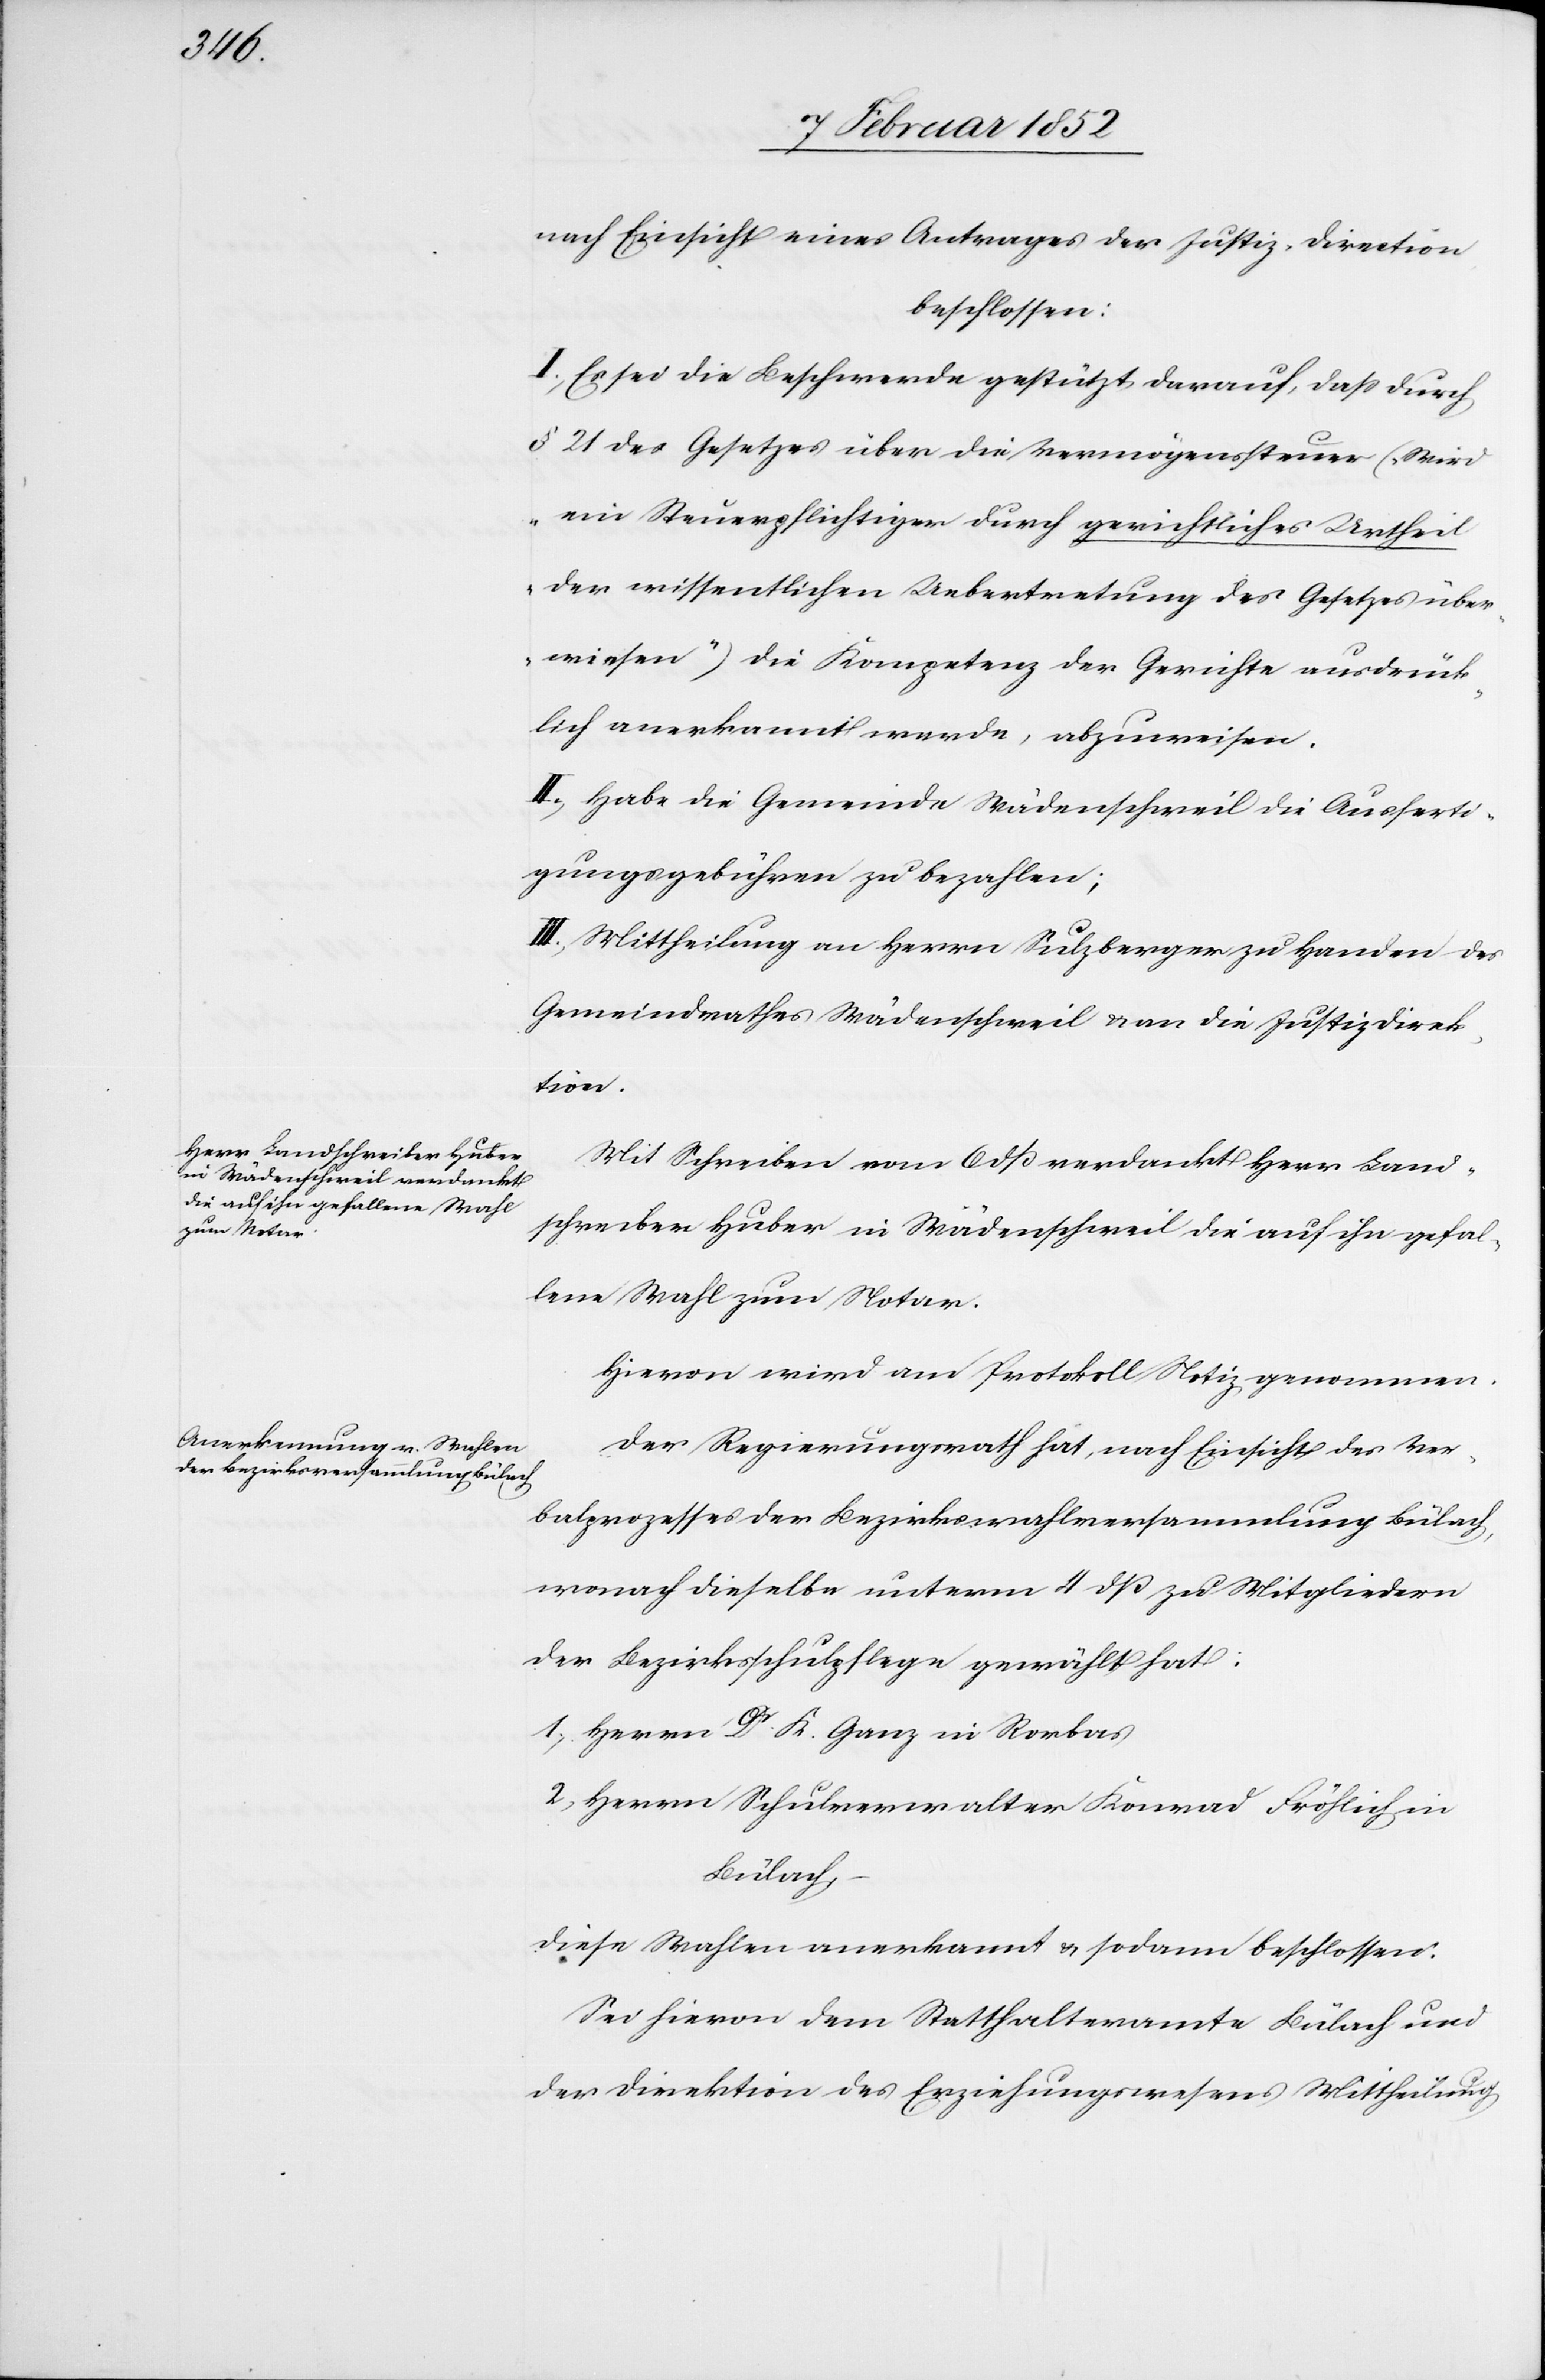
nach Einsicht eines Antrages der Justiz-Direction
beschlossen:
I. Es sei die Beschwerde gestützt darauf, daß durch
§ 21 des Gesetzes über die Vermögenssteuer („Wird
ein Steuerpflichtiger durch gerichtliches Urtheil
der wissentlichen Uebertretung des Gesetzes über¬
wiesen“) die Kompetenz der Gerichte ausdrük¬
lich anerkannt werde, abzuweisen.
II. Habe die Gemeinde Wädenschweil die Ausferti¬
gungsgebühren zu bezahlen;
III. Mittheilung an Herrn Sulzberger zu Handen des
Gemeindraths Wädenschweil u. an die Justizdirek¬
tion.
Mit Schreiben vom 6 dß verdankt Herr Land¬
schreiber Huber in Wädenschweil die auf ihn gefal¬
lene Wahl zum Notar.
Hievon wird am Protokoll Notiz genommen.
Der Regierungsrath hat, nach Einsicht des Ver¬
balprozesses der Bezirkswahlversammlung Bülach,
wonach dieselbe unterm 4 dß zu Mitgliedern
der Bezirksschulpflege gewählt hat:
1.) Herrn Dr. K. Ganz in Rorbas
2.) Herrn Schulverwalter Konrad Fröhlich in
Bülach –
diese Wahlen anerkannt u. sodann beschlossen:
Sei hievon dem Statthalteramte Bülach und
der Direktion des Erziehungswesens Mittheilung